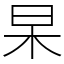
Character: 杲